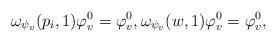
LaTeX: \begin{align*} \omega_{\psi_v}(p_i, 1) \varphi^0_v = \varphi^0_v, \omega_{\psi_v}(w, 1) \varphi^0_v = \varphi^0_v,\end{align*}